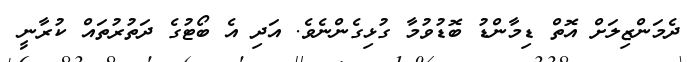
ދެމަންޒިލަށް އޮތް ޑިމާންޑު ބޮޑުވުމާ ގުޅިގެންނެވެ. އަދި އެ ބޯޓުގެ ދަތުރުތައް ކުރާނީ